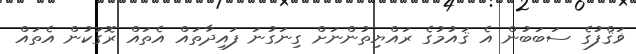
ޥަޤްފުގެ ސަބަބުން އެ ޤައުމުގެ ރައްޔިތުންނަށް ގިނަގުނަ ފައިދާތައް އެތައް ރޮގަކުން އެތައް